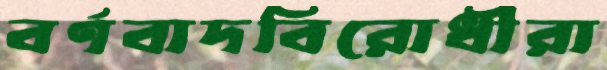
বর্ণবাদবিরোধীরা